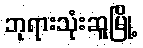
ဘုရားသုံးဆူမြို့